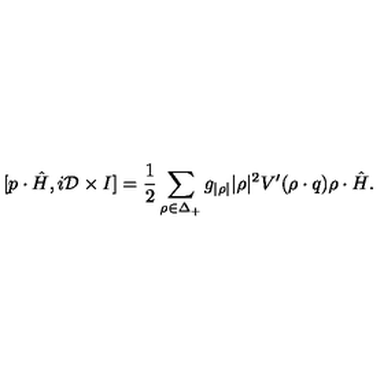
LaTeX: [ p \cdot \hat { H } , i { \cal D } \times I ] = { \frac { 1 } { 2 } } \sum _ { \rho \in \Delta _ { + } } { g _ { | \rho | } | \rho | ^ { 2 } } V ^ { \prime } ( \rho \cdot q ) \rho \cdot \hat { H } .